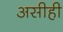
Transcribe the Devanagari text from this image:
असीही